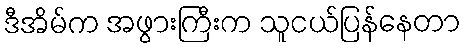
ဒီအိမ်က အဖွားကြီးက သူငယ်ပြန်နေတာ